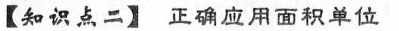
【知识点二】正确应用面积单位